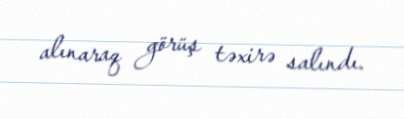
alınaraq görüş təxirə salındı.